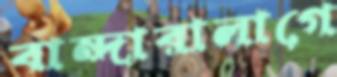
বান্দারালাগে